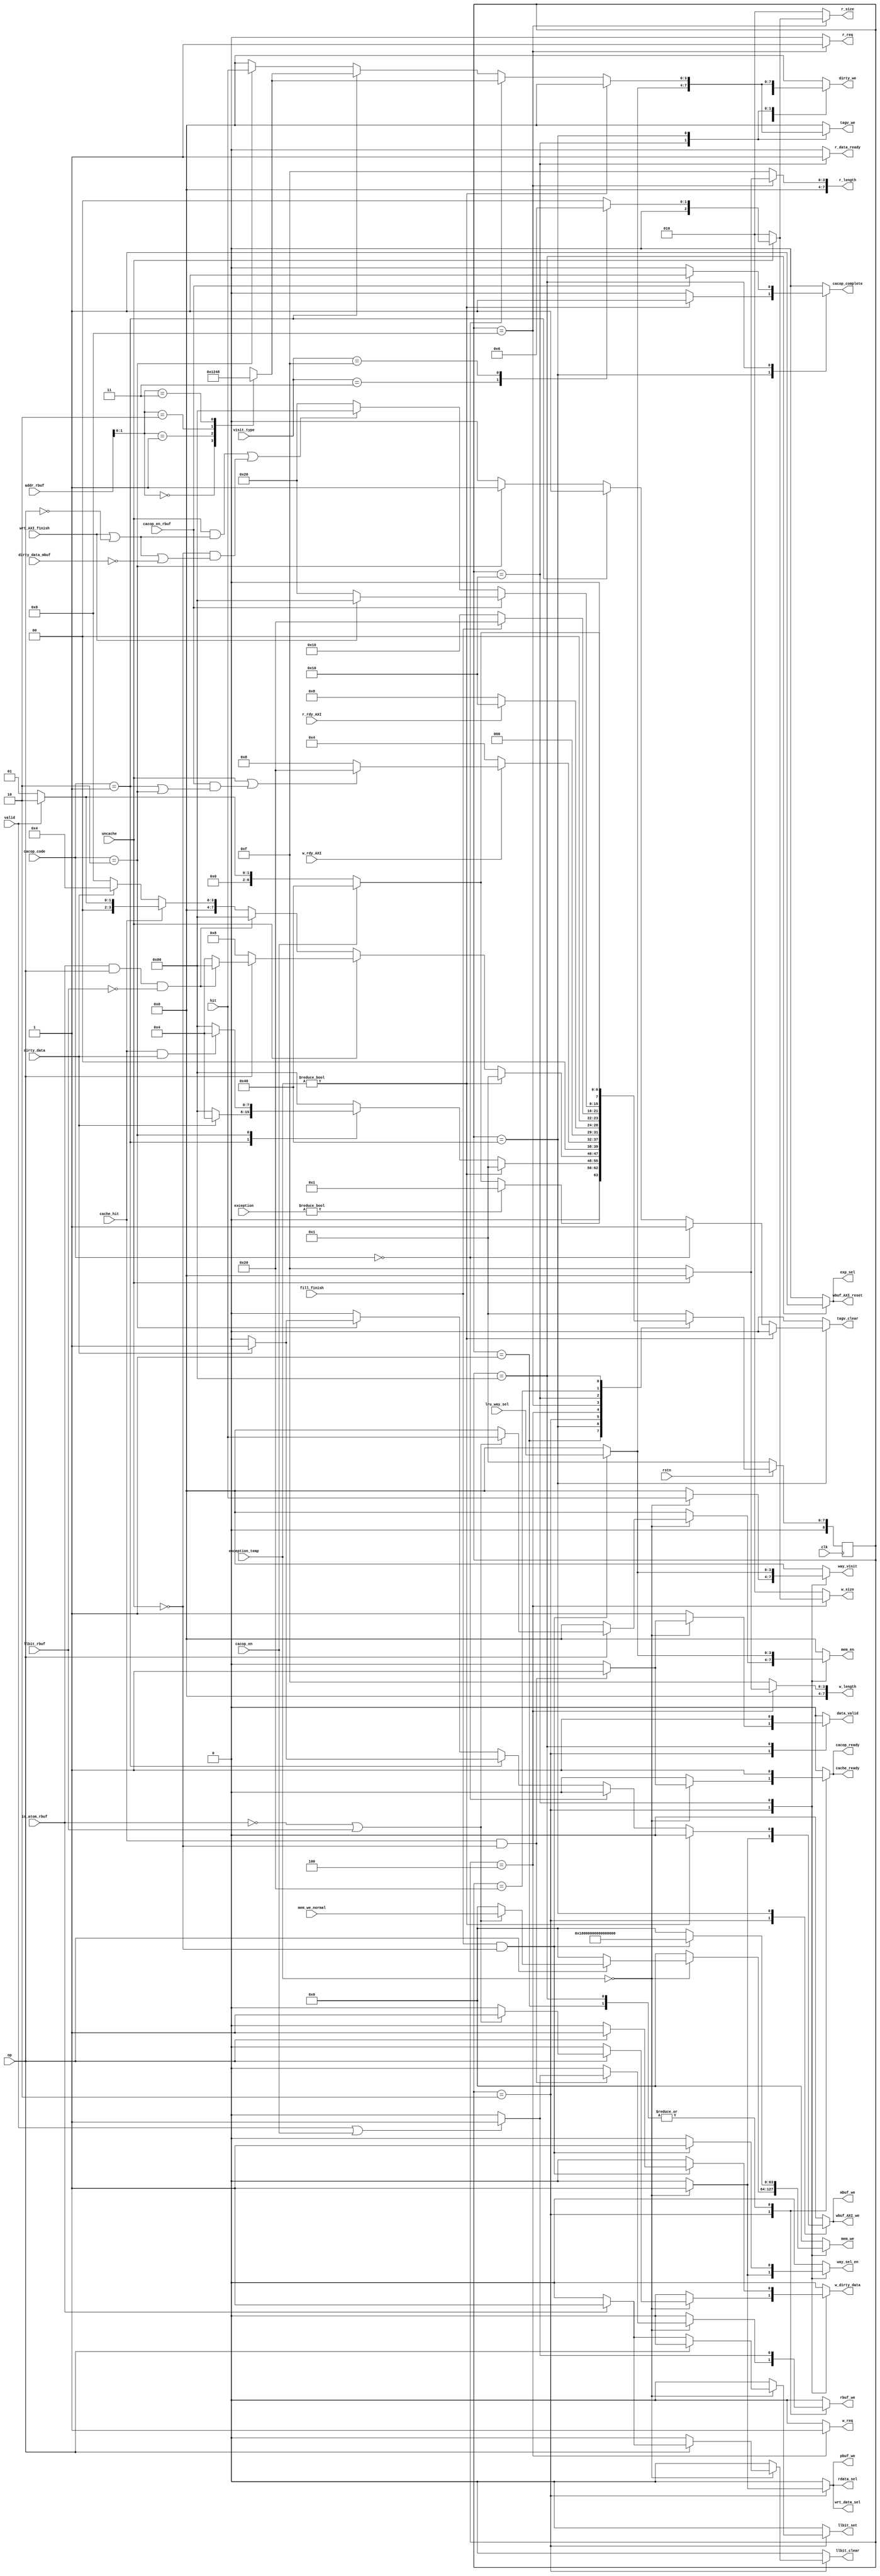
module main_FSM_d(
    input clk, 
    input rstn,
    input valid,
    input op,
    input uncache,
    input cache_hit,
    input r_rdy_AXI,
    input w_rdy_AXI,
    input fill_finish,
    input dirty_data,
    input dirty_data_mbuf,
    input wrt_AXI_finish,
    input [3:0] lru_way_sel,
    input [3:0] hit,
    input [63:0] mem_we_normal,
    input [3:0] visit_type,
    input [31:0] addr_rbuf,
    input [6:0] exception_temp,
    input [6:0] exception,
    input is_atom_rbuf,
    input llbit_rbuf,

    output reg [3:0] way_visit,
    output reg mbuf_we,
    output reg rbuf_we,
    output reg pbuf_we,
    output reg wbuf_AXI_we,
    output reg wbuf_AXI_reset,
    output reg way_sel_en,
    output reg rdata_sel,
    output reg wrt_data_sel,
    output reg [63:0] mem_we,
    output reg [3:0] mem_en,
    output reg [3:0] tagv_we,
    output reg w_dirty_data,
    output reg [3:0] dirty_we,

    output reg r_req,
    output reg r_data_ready,
    output reg w_req,
    output reg [7:0] r_length,
    output reg [2:0] r_size,
    output reg [7:0] w_length,
    output reg [2:0] w_size,

    output reg data_valid,
    output reg cache_ready,

    input [1:0] cacop_code,
    input cacop_en,
    input cacop_en_rbuf,
    output reg cacop_complete,
    output reg cacop_ready,
    output reg tagv_clear,
    output reg llbit_set,
    output reg llbit_clear,
    output reg exp_sel

    );
    parameter IDLE          = 9'b000000001;
    parameter LOOKUP        = 9'b000000010;
    parameter MISS          = 9'b000000100;
    parameter REPLACE       = 9'b000001000;
    parameter REFILL        = 9'b000010000;
    parameter WAIT_WRITE    = 9'b000100000;
    parameter CACOP_COPE    = 9'b001000000;
    parameter EXTRA_READY   = 9'b010000000;
    parameter IBAR_COPE     = 9'b100000000;

    parameter READ          = 1'd0;
    parameter WRITE         = 1'd1;

    parameter BYTE          = 4'b0001;
    parameter HALF          = 4'b0011;
    parameter WORD          = 4'b1111;

    parameter STORE_TAG         = 2'b00;
    parameter INDEX_INVALIDATE  = 2'b01;
    parameter HIT_INVALIDATE    = 2'b10;



    reg [2:0] un_visit_type;
    always @(*) begin
        case(visit_type)
        BYTE: un_visit_type = 3'b000;
        HALF: un_visit_type = 3'b001;
        WORD: un_visit_type = 3'b010;
        default: un_visit_type = 3'b000;
        endcase
    end
    reg [3:0] tagv_we_inst;
    always @(*) begin
        case(addr_rbuf[1:0])
        2'd0: tagv_we_inst = 4'b0001;
        2'd1: tagv_we_inst = 4'b0010;
        2'd2: tagv_we_inst = 4'b0100;
        2'd3: tagv_we_inst = 4'b1000;
        endcase
    end

    reg[8:0] crt, nxt;
    reg count_en;

    always @(posedge clk) begin
        if(!rstn) crt <= IDLE;
        else crt <= nxt;
    end

    always @(*) begin
        case(crt)
        IDLE: begin
            if(exception != 0) nxt = IDLE;
            else if(cacop_en) nxt = CACOP_COPE;
            else if(valid) nxt = LOOKUP;
            else nxt = IDLE;
        end
        CACOP_COPE: begin
            if(exception_temp != 0) nxt = IDLE;
            else begin
                case(cacop_code)
                STORE_TAG: nxt = EXTRA_READY;
                INDEX_INVALIDATE: begin
                    if(dirty_data) nxt = MISS;
                    else nxt = EXTRA_READY;
                end
                HIT_INVALIDATE: begin
                    if(cache_hit && dirty_data) nxt = MISS;
                    else nxt = EXTRA_READY;
                end
                default: nxt = EXTRA_READY;
                endcase
            end
        end
        LOOKUP: begin
            if(exception_temp != 0) nxt = IDLE;
            // check uncache
            else if(uncache) begin
                if(op == READ) nxt = REPLACE;
                else if(is_atom_rbuf && op == WRITE && !llbit_rbuf) nxt = EXTRA_READY;
                else nxt = MISS;
            end
            else if(is_atom_rbuf && op == WRITE && !llbit_rbuf) begin
                nxt = EXTRA_READY;
            end
            // check cache_hit
            else if(cache_hit) begin 
                if(valid) nxt = LOOKUP;
                else nxt = IDLE;
            end

            // all not
            else begin
                if(dirty_data) nxt = MISS;
                else nxt = REPLACE;
            end
        end
        MISS: begin
            if(w_rdy_AXI) begin
                if(uncache || 
                  (cacop_en_rbuf && (cacop_code == INDEX_INVALIDATE || cacop_code == HIT_INVALIDATE))) nxt = WAIT_WRITE;
                else nxt = REPLACE;
            end
            else nxt = MISS;
        end
        REPLACE: begin
            if(r_rdy_AXI) nxt = REFILL;
            else nxt = REPLACE;
        end
        REFILL: begin
            if(fill_finish) begin
                nxt = WAIT_WRITE;
            end
            else nxt = REFILL;
        end
        WAIT_WRITE: begin
            if(cacop_en_rbuf) begin
                if(wrt_AXI_finish) begin
                    nxt = EXTRA_READY;
                end
                else nxt = WAIT_WRITE;
            end
            else if(uncache && (wrt_AXI_finish || op == READ) || 
              !uncache && (wrt_AXI_finish || op == READ || !dirty_data_mbuf)) begin
                nxt = EXTRA_READY;
            end
            else nxt = WAIT_WRITE;
        end
        EXTRA_READY: begin
            if(cacop_en) nxt = CACOP_COPE;
            else if(valid) nxt = LOOKUP;
            else nxt = IDLE;
        end
        default: nxt = IDLE;
        endcase
    end
    
    always @(*)begin
        mbuf_we = 0;    wbuf_AXI_we = 0;    mem_we = 0;     mem_en = 0;
        rdata_sel = 0;  wrt_data_sel = 0;   tagv_we = 0;
        r_req = 0;      w_req = 0;          data_valid = 0; dirty_we = 0; 
        w_dirty_data = 0;                   r_data_ready = 0; 
        rbuf_we = 0;    way_sel_en = 0;     wbuf_AXI_reset = 0;
        way_visit = 0;  cache_ready = 0;    pbuf_we = 0;
        r_size = 3'b010;                    w_size = 3'b010;
        r_length = 8'd15;                   w_length = 8'd15;
        tagv_clear = 0;                     cacop_complete = 0;
        cacop_ready = 0;                    llbit_set = 0;
        llbit_clear = 0;                    exp_sel = 0;
        case(crt)
        IDLE: begin
            if(valid || cacop_en) rbuf_we     = 1;
            cache_ready = 1;
            cacop_ready = 1;
        end
        LOOKUP: begin
            if(exception_temp == 0) begin
                rdata_sel       = 1;
                wrt_data_sel    = 1;
                pbuf_we         = 1;
                mbuf_we         = 1;
                wbuf_AXI_we     = 1;
                way_visit       = hit;
                way_sel_en      = 1;
                if(cache_hit && !uncache) begin
                    data_valid = 1;
                    cacop_ready = 1;
                    cache_ready = 1;
                    if(valid || cacop_en) rbuf_we = 1;
                end
                if(op == READ) begin
                    if(is_atom_rbuf) llbit_set = 1;
                end
                else begin
                    if(is_atom_rbuf) llbit_clear = 1;
                    if(!is_atom_rbuf || llbit_rbuf) begin
                        mem_en          = hit;
                        mem_we          = mem_we_normal;
                        dirty_we        = hit;
                        w_dirty_data    = 1;
                    end
                end
            end
            else data_valid = 1;
        end
        MISS: begin
            w_req   = 1;
            if(uncache) begin
                w_length    = 8'd0;
                w_size      = un_visit_type;
            end
        end
        REPLACE: begin
            r_req   = 1;
            if(uncache) begin
                r_length    = 8'd0;
                r_size      = un_visit_type;
            end
        end
        REFILL: begin
            r_data_ready = 1;
            if(fill_finish && !uncache) begin
                mem_we          = {64{1'b1}};
                mem_en          = lru_way_sel;
                tagv_we         = lru_way_sel;
                dirty_we        = lru_way_sel;
                w_dirty_data    = (op == READ ? 1'b0 : 1'b1);
                way_sel_en      = 1;
                way_visit       = lru_way_sel;
            end
        end
        CACOP_COPE: begin
            if(exception_temp != 0) cacop_complete = 1;
            else if(cacop_code == STORE_TAG) begin
                tagv_clear          = 1;
                tagv_we             = tagv_we_inst;
                dirty_we            = tagv_we_inst;
                w_dirty_data        = 1'b0;
            end
            else if(cacop_code == INDEX_INVALIDATE) begin
                tagv_clear          = 1;
                tagv_we             = tagv_we_inst;
                dirty_we            = tagv_we_inst;
                w_dirty_data        = 1'b0;
                if(dirty_data) begin
                    mbuf_we = 1;
                    wbuf_AXI_we = 1;
                end
            end
            else if(cacop_code == HIT_INVALIDATE) begin
                tagv_clear          = 1;
                tagv_we             = hit;
                dirty_we            = hit;
                w_dirty_data        = 1'b0;
                if(dirty_data) begin
                    mbuf_we = 1;
                    wbuf_AXI_we = 1;
                end
            end
        end
        EXTRA_READY: begin
            data_valid      = 1;
            exp_sel         = 1;
            if(cacop_en_rbuf) cacop_complete  = 1;
            cacop_ready     = 1;
            if(valid || cacop_en) rbuf_we         = 1;
            wbuf_AXI_reset  = 1;
            cache_ready     = 1;
        end
        default:;
        endcase
    end



endmodule